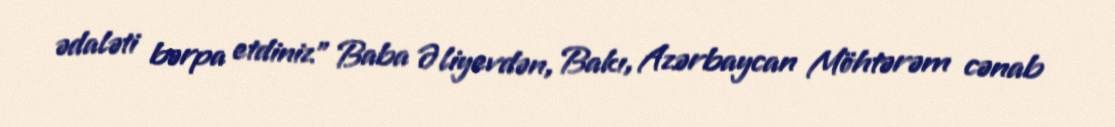
ədaləti bərpa etdiniz" Baba Əliyevdən, Bakı, Azərbaycan Möhtərəm cənab